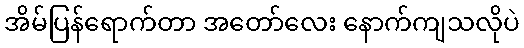
အိမ်ပြန်ရောက်တာ အတော်လေး နောက်ကျသလိုပဲ